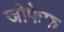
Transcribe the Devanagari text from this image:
जोफेफ